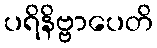
ပရိနိဗ္ဗာပေတိ